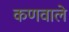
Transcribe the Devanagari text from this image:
कणवाले